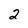
Character: 2